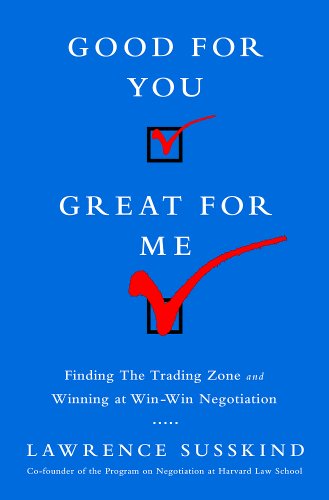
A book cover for Good for You, Great for Me: Finding the Trading Zone and Winning at Win-Win Negotiation; Lawrence Susskind; Business & Money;